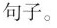
句子。